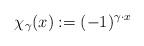
LaTeX: \begin{align*}\chi_{\gamma}(x) := (-1)^{\gamma\cdot x}\end{align*}